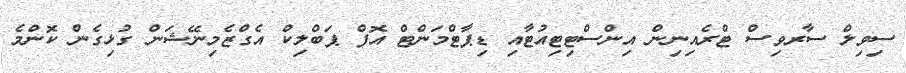
ސިވިލް ސާރވިސް ޓްރެއިނިން އިންސްޓިޓިއުޓާއި ޑިޕާޓްމަންޓް އޮފް ޕަބްލިކް އެގްޒެމިނޭޝަން ގުޅިގެން ކޮންމެ